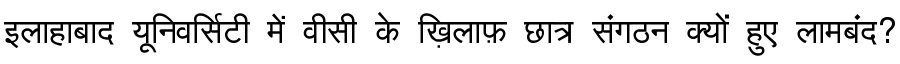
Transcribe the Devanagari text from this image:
इलाहाबाद यूनिवर्सिटी में वीसी के ख़िलाफ़ छात्र संगठन क्यों हुए लामबंद?